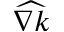
\widehat { \nabla k }